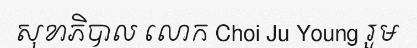
សុខាភិបាល លោក Choi Ju Young រួម